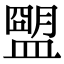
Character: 𥂗